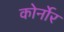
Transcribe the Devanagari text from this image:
कोर्नोर